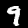
Label: 9